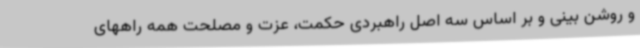
و روشن بینی و بر اساس سه اصل راهبردی حکمت، عزت و مصلحت همه راههای